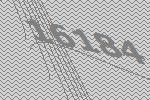
16184